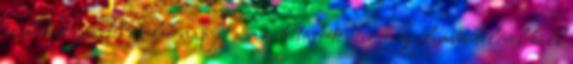
szabadságvesztés utolsó napját a már kitöltött rész figyelembevételével kell